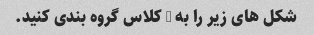
شکل های زیر را به 2 کلاس گروه بندی کنید.